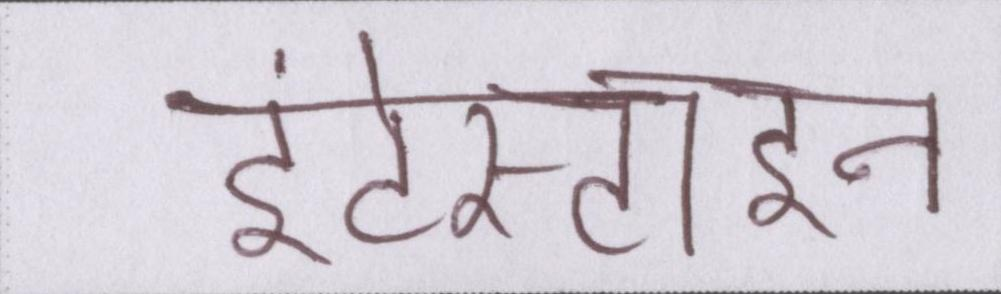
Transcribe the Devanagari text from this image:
इंटेस्टाइन